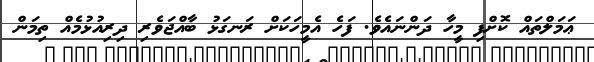
ޢަމަލްތައް ކޮށްފި މީހާ ދަންނައެވެ. ފަހެ އެމީހަކަށް ރަނގަޅު ބާއްޖަވެރި ދިރިއުޅުމެއް ތިމަން